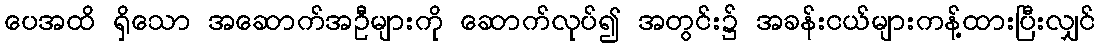
ပေအထိ ရှိသော အဆောက်အဦများကို ဆောက်လုပ်၍ အတွင်း၌ အခန်းငယ်များကန့်ထားပြီးလျှင်